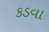
કડવા